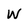
Character: W